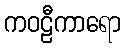
ကဝဠီကာရော